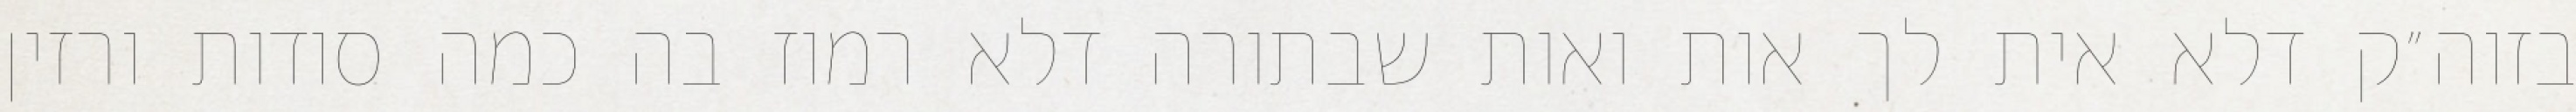
בזוה״ק דלא אית לך אות ואות שבתורה דלא רמוז בה כמה סודות ורזין